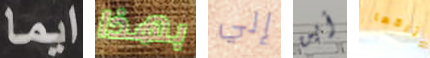
ايما بهذا إلي أين يتركها